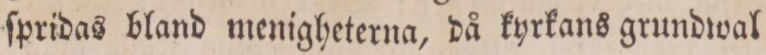
ſpridas bland menigheterna, då kyrkans grundwal